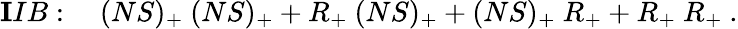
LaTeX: {\mathbf IIB}:\quad(NS)_{+}\ (NS)_{+}+R_{+}\ (NS)_{+}+(NS)_{+}\ R_{+}+R_{+}\ R_{+}\ .